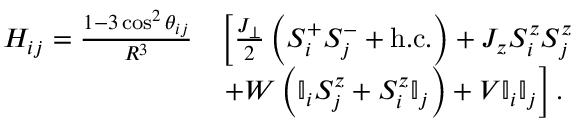
\begin{array} { r l } { H _ { i j } = \frac { 1 - 3 \cos ^ { 2 } \theta _ { i j } } { R ^ { 3 } } } & { \left[ \frac { J _ { \perp } } { 2 } \left( S _ { i } ^ { + } S _ { j } ^ { - } + \mathrm { h . c . } \right) + J _ { z } S _ { i } ^ { z } S _ { j } ^ { z } \right. } \\ & { \left. + W \left( \mathbb { I } _ { i } S _ { j } ^ { z } + S _ { i } ^ { z } \mathbb { I } _ { j } \right) + V \mathbb { I } _ { i } \mathbb { I } _ { j } \vphantom { \frac { J _ { \perp } } { 2 } } \right] . } \end{array}